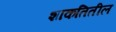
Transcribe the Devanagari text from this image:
शाकतितील